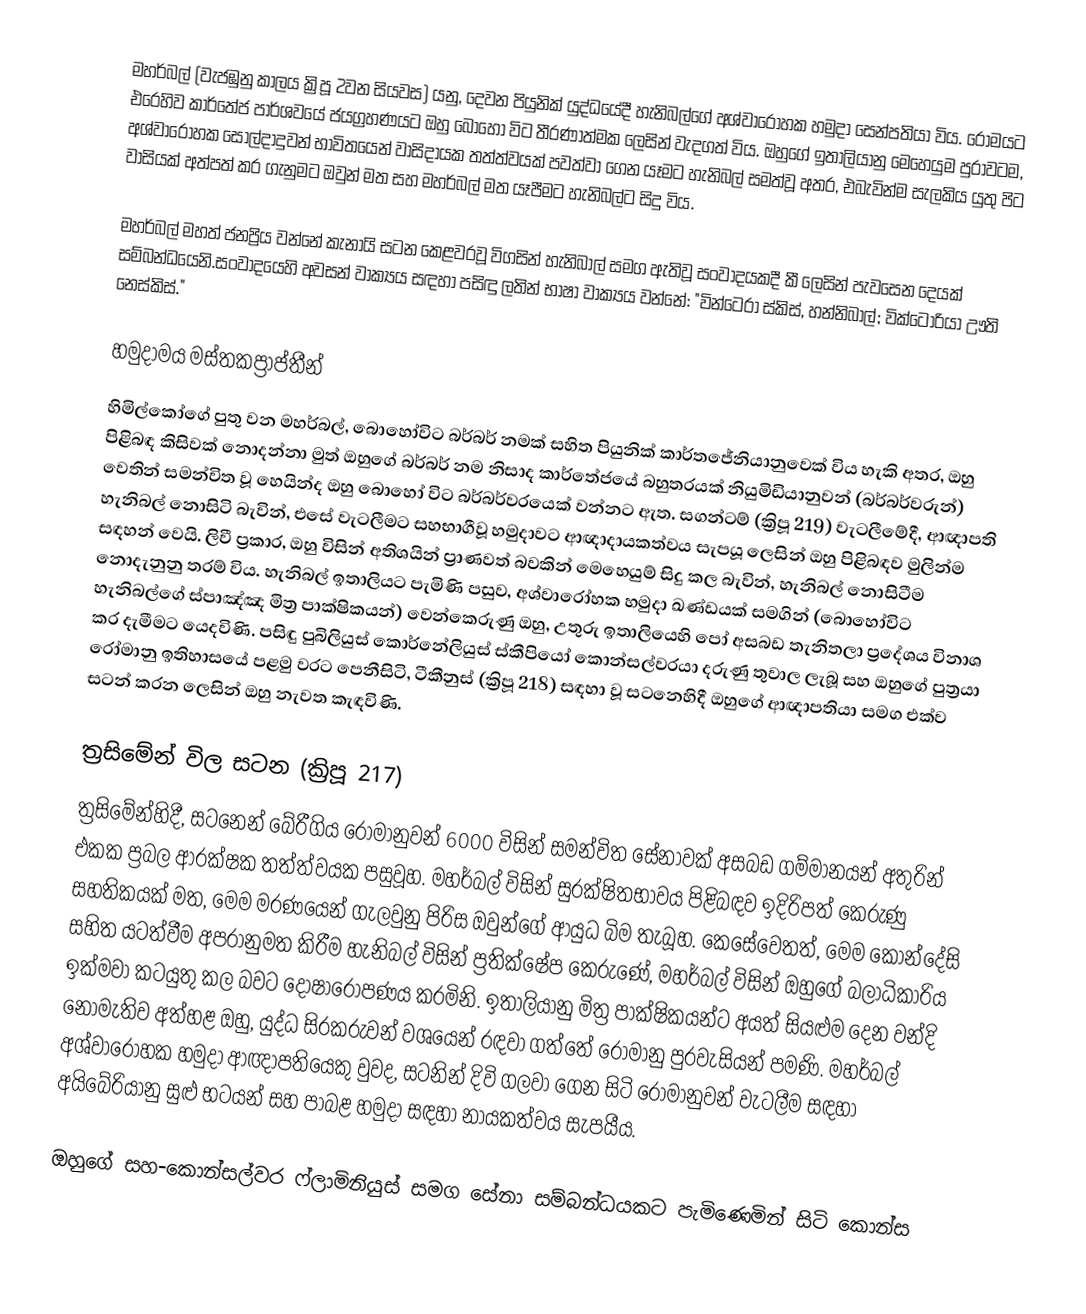
මහර්බල් (වැජඹුනු කාලය ක්‍රිපූ 2වන සියවස) යනු,  දෙවන පියුනික් යුද්ධයේදී හැනිබල්ගේ අශ්වාරෝහක හමුදා සෙන්පතියා විය. රෝමයට එරෙහිව කාර්තේජ පාර්ශවයේ ජයග්‍රහණයට ඔහු බොහෝ විට තීරණාත්මක ලෙසින් වැදගත් විය. ඔහුගේ ඉතාලියානු මෙහෙයුම පුරාවටම, අශ්වාරෝහක සොල්දාදුවන් භාවිතයෙන් වාසිදායක තත්ත්වයක් පවත්වා ගෙන යෑමට  හැනිබල් සමත්වූ අතර, එබැවින්ම සැලකිය යුතු පිට වාසියක් අත්පත් කර ගැනුමට  ඔවුන් මත සහ මහර්බල් මත යෑපීමට හැනිබල්ට  සිදු විය.

මහර්බල් මහත් ජනප්‍රිය වන්නේ  කැනායි සටන කෙළවරවූ විගසින් හැනිබාල්  සමග ඇතිවූ සංවාදයකදී කී ලෙසින් පැවසෙන දෙයක් සම්බන්ධයෙනි.සංවාදයෙහි අවසන් වාක්‍යය සඳහා පසිඳු ලතින් භාෂා වාක්‍යය වන්නේ: "වින්ටෙරා ස්කිස්, හන්නිබාල්; වික්ටෝරියා ඌති නෙස්කිස්."

හමුදාමය මස්තකප්‍රාප්තීන්
හිමිල්කෝගේ පුතු වන මහර්බල්, බොහෝවිට බර්බර් නමක් සහිත පියුනික් කාර්තජේනියානුවෙක් විය හැකි අතර, ඔහු පිළිබඳ කිසිවක් නොදන්නා මුත් ඔහුගේ බර්බර් නම නිසාද කාර්තේජයේ බහුතරයක් නියුමිඩියානුවන් (බර්බර්වරුන්) වෙතින් සමන්විත වූ හෙයින්ද ඔහු බොහෝ විට බර්බර්වරයෙක් වන්නට ඇත. සගන්ටම් (ක්‍රිපූ 219) වැටලීමේදී, ආඥාපති හැනිබල් නොසිටි බැවින්,  එසේ වැටලීමට සහභාගීවූ හමුදාවට ආඥාදායකත්වය සැපයූ ලෙසින් ඔහු පිළිබඳව මුලින්ම සඳහන් වෙයි. ලිවී ප්‍රකාර, ඔහු විසින් අතිශයින් ප්‍රාණවත් බවකින් මෙහෙයුම් සිදු කල බැවින්, හැනිබල් නොසිටීම නොදැනුනු තරම් විය.  හැනිබල් ඉතාලියට පැමිණි පසුව, අශ්වාරෝහක හමුදා ඛණ්ඩයක් සමගින් (බොහෝවිට හැනිබල්ගේ ස්පාඤ්ඤ මිත්‍ර පාක්ෂිකයන්) වෙන්කෙරුණු ඔහු,  උතුරු ඉතාලියෙහි පෝ අසබඩ තැනිතලා ප්‍රදේශය විනාශ කර දැමීමට යෙදවිණි. පසිඳු පුබිලියුස් කොර්නේලියුස් ස්කීපියෝ කොන්සල්වරයා දරුණු තුවාල ලැබූ සහ ඔහුගේ පුත්‍රයා රෝමානු ඉතිහාසයේ පළමු වරට පෙනීසිටි, ටීකීනුස් (ක්‍රිපූ 218) සඳහා වූ සටනෙහිදී ඔහුගේ ආඥාපතියා සමග එක්ව සටන් කරන ලෙසින් ඔහු නැවත කැඳවිණි.

ත්‍රසිමේන් විල සටන (ක්‍රිපූ 217)
 ත්‍රසිමේන්හිදී, සටනෙන් බේරීගිය රෝමානුවන් 6000 විසින් සමන්විත සේනාවක් අසබඩ ගම්මානයන් අතුරින් එකක ප්‍රබල ආරක්ෂක තත්ත්වයක පසුවූහ. මහර්බල් විසින් සුරක්ෂිතභාවය පිළිබඳව ඉදිරිපත් කෙරුණු සහතිකයක් මත, මෙම මරණයෙන් ගැලවුනු පිරිස ඔවුන්ගේ ආයුධ බිම තැබූහ. කෙසේවෙතත්, මෙම කොන්දේසි සහිත යටත්වීම අපරානුමත කිරීම හැනිබල් විසින් ප්‍රතික්ෂේප කෙරුණේ, මහර්බල් විසින් ඔහුගේ බලාධිකාරිය ඉක්මවා කටයුතු කල බවට දෝෂාරෝපණය කරමිනි.  ඉතාලියානු මිත්‍ර පාක්ෂිකයන්ට අයත් සියළුම දෙන වන්දි නොමැතිව අත්හළ ඔහු, යුද්ධ සිරකරුවන් වශයෙන් රඳවා ගත්තේ රෝමානු පුරවැසියන් පමණි. මහර්බල් අශ්වාරෝහක හමුදා ආඥාපතියෙකු වුවද, සටනින් දිවි ගලවා ගෙන සිටි රෝමානුවන් වැටලීම සඳහා අයිබේරියානු සුළු භටයන් සහ පාබළ හමුදා සඳහා නායකත්වය සැපයීය.

ඔහුගේ සහ-කොන්සල්වර  ෆ්ලාමිනියුස් සමග සේනා සම්බන්ධයකට පැමිණෙමින් සිටි කොන්ස